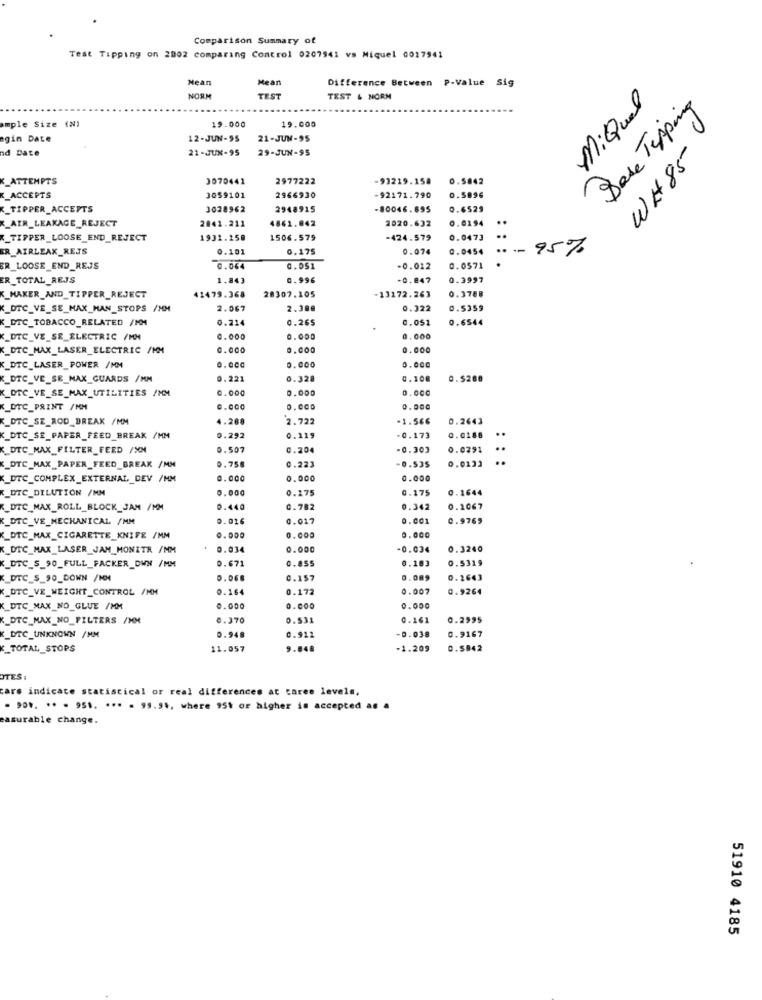
Comparison Summary of
Test Tipping on 2802 comparing Control 0207941 vs Miquel 0017941
Mean
Mean
Difference Between P-Value Sig
NORM
TEST
TEST & NORM
MiQuel
Dase Tipping
ample Size (2)
19.000
19.000
ngin Date
12-JUN-95
21-JUN-95
nd Date
21-JUN-95
29-JUN-95
WH85
K_ATTEMPTS
3070441
2977222
-93219.158
0.5842
K_ACCEPTS
3059101
2966930
-92171.790
0.5896
K_TIPPER_ACCEPTS
3028962
2948915
-80046.695
0.6525
K_AIR_LEAKAGE_REJECT
4861.842
2020.632
0.0194
2041.211
..
K_TIPPER_LOOSE_END_REJECT
1931.150
1506.579
-424.579
0.0473
..
ER_AIRLEAK_REJS
0.10
0.175
0.074
0.0454
.... 95%
.
R_LOOSE_END_REJS
0.044
0.051
-0.012
0.0571
ER_TOTAL_REJS
1.843
0.996
0.847
0.3997
0.3788
K_MAKER_AND_TIPPER_REJECT
41479.368
28307.105
-13172.263
K_DTC_VE_SE_MAX_MAN_STOPS /NM
2.067
2.388
0.322
0.5359
K_DTC_TOBACCO_RELATED /MM
0.214
0.265
0.051
0.6544
K_DTC_VE_SE_ELECTRIC /MM
0.000
0.000
0.000
_DTC_MAX_LASER_ELECTRIC /MM
0.000
0.000
0.000
K_DTC_LASER_POWER /MM
0.000
0.000
0.000
K_DTC_VE_SE_MAX_GUARDS /MM
0.221
0.328
0.108
0.5260
K_OTC_VE_SE_MAX_UTILITIES /MM
0.000
0.000
0.000
K_DTC_PRINT /MM
0.000
0.000
0.000
K_DTC_SE_ROD_BREAK /MM
.288
2.722
-1.566
0.2643
..
K_DTC_SE_PAPER_FEED_BREAK /MM
0.292
0.119
-0.173
0.0188
K_DTC_MAX_FILTER_FEED /XM
0.507
0.204
-0.303
0.0291
..
0.758
0.0133
K_DTC_MAX_PAPER_FEED_BREAK /MM
0.223
-0.535
_DTC_COMPLEX_EXTERNAL, DEV /MM
0.000
0.000
0.000
0.000
0.275
0.175
0.1644
K_DTC_DILUTION /MM
K_DTC_MAX_ROLL_BLOCK_JAM /MM
0.440
0.782
0.342
0.1067
K_DTC_VE_MECHANICAL /MM
0.016
0.017
0.001
0.9769
K_DTC_MAX_CIGARETTE_KNIFE /MM
0.000
0.000
0.000
K_DIC_MAX_LASER_JAM_MONITR /MM
0.034
0.000
-0.034
0.3240
0.671
0.855
0.183
0.5319
K_DTC_S_90_FULL_FACKER_OWN /MM
K_DTC_S_90_DOWN /HH
0.157
0.2643
K_DTC_VE_WEIGHT_CONTROL /MM
0.164
0.172
0.007
0.9264
K_DTC_MAX_NO_GLUE /MM
2.000
0.000
0.000
K_DTC_MAX_NO_FILTERS /MM
0.370
0.531
0.161
0.2995
0.912
-0.038
0.9167
K_DTC_UNKNOWN /MM
0.94
K_TOTAL_STOPS
11.057
9.848
-1.209
0.5842
TES:
cars indicate statistical or real differences at caree levels,
. 90 .. .. . 951. ... . 99.99, where 951 or higher is accepted as a
easurable change.
51910 4185